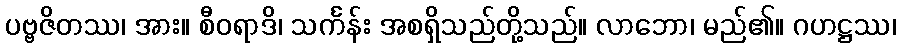
ပဗ္ဗဇိတဿ၊ အား။ စီဝရာဒိ၊ သင်္ကန်း အစရှိသည်တို့သည်။ လာဘော၊ မည်၏။ ဂဟဋ္ဌဿ၊